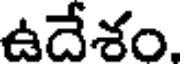
ఉదేశం.